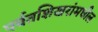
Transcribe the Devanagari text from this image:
पर्वतशिखरांमधील